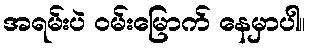
အရမ်းပဲ ဝမ်းမြောက် နေမှာပါ။